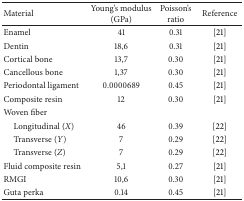
<table><thead><tr><td><b>Material</b></td><td><b>Young&#x27;s modulus (GPa)</b></td><td><b>Poisson&#x27;s ratio</b></td><td><b>Reference</b></td></tr></thead><tbody><tr><td>Enamel</td><td>41</td><td>0.31</td><td>[21]</td></tr><tr><td>Dentin</td><td>18,6</td><td>0.31</td><td>[21]</td></tr><tr><td>Cortical bone</td><td>13,7</td><td>0.30</td><td>[21]</td></tr><tr><td>Cancellous bone</td><td>1,37</td><td>0.30</td><td>[21]</td></tr><tr><td>Periodontal ligament</td><td>0.0000689</td><td>0.45</td><td>[21]</td></tr><tr><td>Composite resin</td><td>12</td><td>0.30</td><td>[21]</td></tr><tr><td>Woven fiber</td><td> </td><td> </td><td> </td></tr><tr><td> Longitudinal (<i>X</i>)</td><td>46</td><td>0.39</td><td>[22]</td></tr><tr><td> Transverse (<i>Y</i>)</td><td>7</td><td>0.29</td><td>[22]</td></tr><tr><td> Transverse (<i>Z</i>)</td><td>7</td><td>0.29</td><td>[22]</td></tr><tr><td>Fluid composite resin</td><td>5,1</td><td>0.27</td><td>[21]</td></tr><tr><td>RMGI </td><td>10,6</td><td>0.30</td><td>[21]</td></tr><tr><td>Guta perka</td><td>0.14</td><td>0.45</td><td>[21]</td></tr></tbody></table>